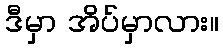
ဒီမှာ အိပ်မှာလား။